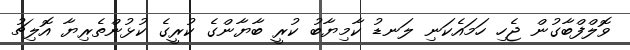
ވޮލްފްބާގުން ޖެހި ހަމައެކަނި ލަނޑު ކާމިޔާބު ކުރީ ބާޔާންގެ ކުރީގެ ކުޅުންތެރިޔާ އޮލިޗު